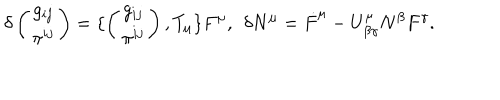
LaTeX: \delta \left( \begin{matrix} { { g _ { i j } } } \\ { { \pi ^ { i j } } } \\ \end{matrix} \right) = \{ \left( \begin{matrix} { { g _ { i j } } } \\ { { \pi ^ { i j } } } \\ \end{matrix} \right) , T _ { \mu } \} F ^ { \mu } , \: \: \delta N ^ { \mu } = \dot { F } ^ { \mu } - U _ { \beta \gamma } ^ { \mu } N ^ { \beta } F ^ { \gamma } .